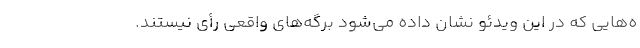
ه‌هایی که در این ویدئو نشان داده می‌شود برگه‌های واقعی رأی نیستند.